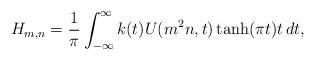
LaTeX: \begin{align*} H_{m, n} = \frac{1}{\pi} \int_{-\infty}^\infty k(t) U(m^2 n, t) \tanh(\pi t) t \, d t,\end{align*}